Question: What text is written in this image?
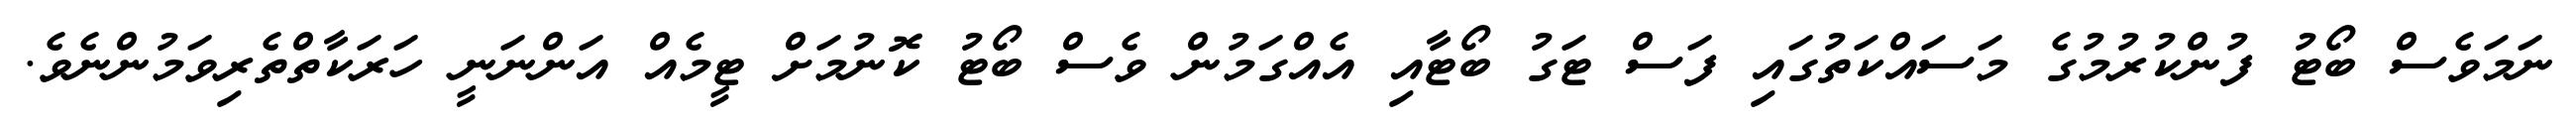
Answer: ނަމަވެސް ބޯޓު ފުންކުރުމުގެ މަސައްކަތުގައި ފަސް ޓަގު ބޯޓާއި އެއްގަމުން ވެސް ބޯޓު ކޮނުމަށް ޓީމެއް އަންނަނީ ހަރަކާތްތެރިވަމުންނެވެ.